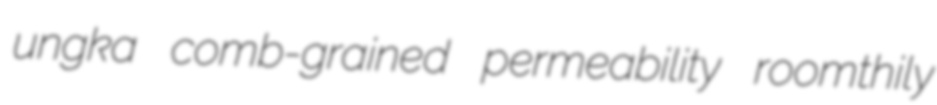
ungka comb-grained permeability roomthily